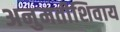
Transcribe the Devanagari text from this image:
अनुमतीशिवाय